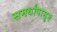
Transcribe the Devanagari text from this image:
समर्थांपासून